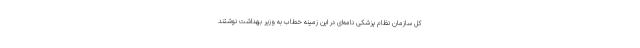
کل سازمان نظام پزشکی نامه‌ای در این زمینه خطاب به وزیر بهداشت نوشتند